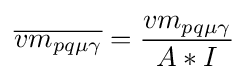
{\overline {vm_{pq\mu \gamma }}}={\frac {vm_{pq\mu \gamma }}{A*I}}